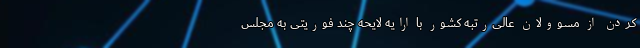
کردن از مسوولان عالی‌رتبه کشور با ارایه لایحه چند فوریتی به مجلس